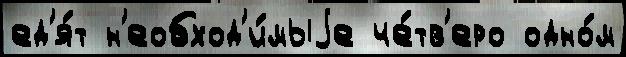
ед'я́т н'еобход'и́мыjе че́тв'еро одно́м